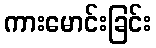
ကားမောင်းခြင်း